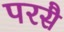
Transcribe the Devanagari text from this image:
परसै